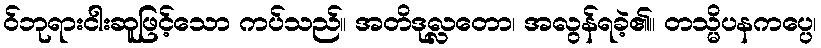
ဝ်ဘုရားငါးဆူဖြင့်သော ကပ်သည်။ အတိဒုလ္လတော၊ အလွန်ရခဲ့၏။ တသ္မိပနကပ္ပေ၊